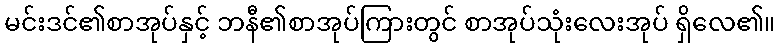
မင်းဒင်၏စာအုပ်နှင့် ဘနီ၏စာအုပ်ကြားတွင် စာအုပ်သုံးလေးအုပ် ရှိလေ၏။